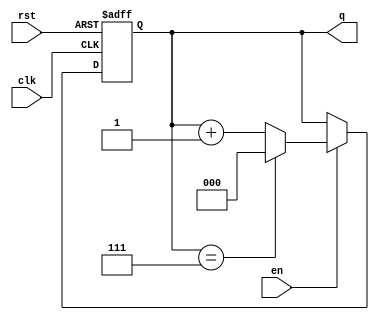
module binary_counter #(
    parameter N = 3 // Number of bits for the counter
)(
    input wire clk,    // Clock signal
    input wire rst,    // Asynchronous reset
    input wire en,     // Enable signal
    output reg [N-1:0] q // Current count value
);

// Asynchronous reset and counting logic
always @(posedge clk or posedge rst) begin
    if (rst) begin
        q <= 0; // Reset counter to 0
    end else if (en) begin
        if (q == (1 << N) - 1) begin
            q <= 0; // Roll over to 0 when maximum value is reached
        end else begin
            q <= q + 1; // Increment counter
        end
    end
end

endmodule